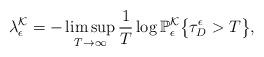
LaTeX: \begin{align*}\lambda_{\epsilon}^{\mathcal{K}} = -\limsup_{T \rightarrow \infty} \frac{1}{T} \log \mathbb{P}_{\epsilon}^{\mathcal{K}} \bigl\{ \tau_{D}^{\epsilon} > T\bigr\}, \end{align*}